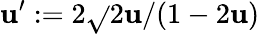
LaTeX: \mathbf{u}^{\prime}:=2\sqrt{}{{2}}\mathbf{u}/(1-2\mathbf{u})